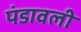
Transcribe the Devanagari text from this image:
पंडावली